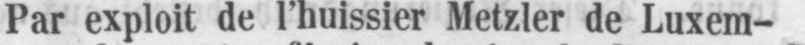
Par exploit de l’huissier Metzler de Luxem-